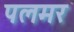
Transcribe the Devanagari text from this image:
पलमर